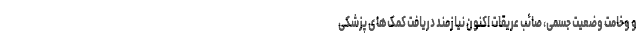
و وخامت وضعیت جسمی، صائب عریقات اکنون نیازمند دریافت کمک‌های پزشکی